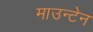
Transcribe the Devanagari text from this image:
माउन्‍टेन